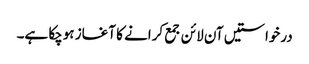
درخواستیں آن لائن جمع کرانے کا آغاز ہوچکا ہے۔